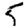
Digit: 5